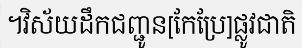
។វិស័យដឹកជញ្ជូន[កែប្រែ]ផ្លូវជាតិ